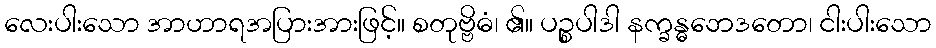
လေးပါးသော အာဟာရအပြားအားဖြင့်။ စတုဗ္ဗိဓံ၊ ၏။ ပဉ္စပါဒါ နက္ခန္ဓဘေဒတော၊ ငါးပါးသော